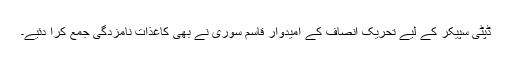
ڈپٹی سپیکر کے لیے تحریک انصاف کے امیدوار قاسم سوری نے بھی کاغذات نامزدگی جمع کرا دئیے۔